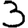
Digit: 3